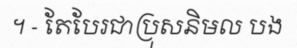
។ - តែបែរជាប្រុសនិមល បង